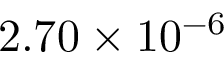
2 . 7 0 \times 1 0 ^ { - 6 }